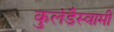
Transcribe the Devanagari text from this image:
कुलंडैस्वामी